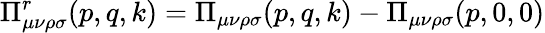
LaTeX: \Pi_{\mu\nu\rho\sigma}^{r}(p,q,k)=\Pi_{\mu\nu\rho\sigma}(p,q,k)-\Pi_{\mu\nu\rho\sigma}(p,0,0)